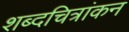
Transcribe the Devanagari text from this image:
शब्दचित्रांकन